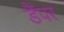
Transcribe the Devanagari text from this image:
डैंपर